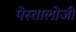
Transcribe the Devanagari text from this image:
पेस्तालोजी